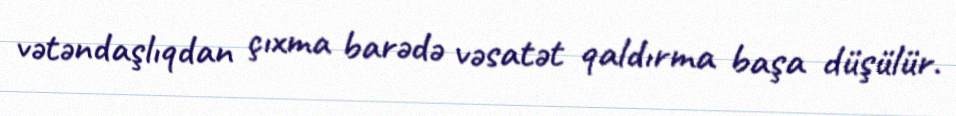
vətəndaşlıqdan çıxma barədə vəsatət qaldırma başa düşülür.